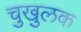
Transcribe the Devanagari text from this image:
चुखुलक